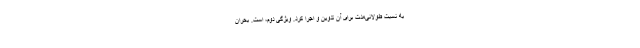
به نسبت طولانی‌مدت برای آن تدوین و اجرا کرد. ویژگی دوم، است. بحران